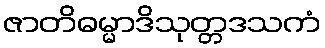
ဇာတိဓမ္မာဒိသုတ္တဒသကံ